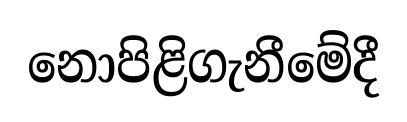
නොපිළිගැනීමේදී